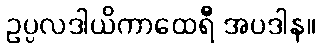
ဥပ္ပလဒါယိကာထေရီ အပဒါန။